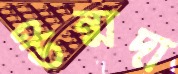
উন্মদা